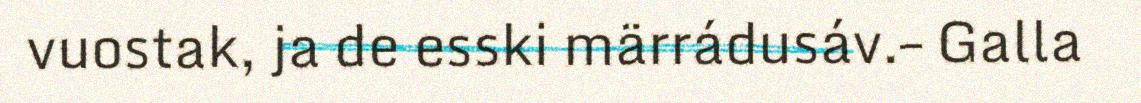
vuostak, ja de esski märrádusáv.– Galla